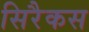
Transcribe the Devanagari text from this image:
सिरैकस